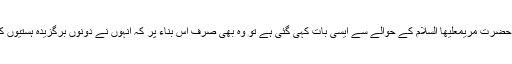
اگر کسی جگہ نصاریٰ کے تذکرے میں حضرت عیسیٰں اور حضرت مریمعلیھا السلام کے حوالے سے ایسی بات کہی گئی ہے تو وہ بھی صرف اس بناء پر کہ انہوں نے دونوں برگزیدہ ہستیوں کو خدا اور خدا کا بیٹا مان کر واضح شرک کا ارتکاب کیا تھا۔